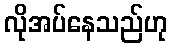
လိုအပ်နေသည်ဟု